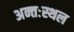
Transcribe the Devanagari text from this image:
अन्तःस्थल